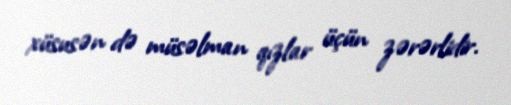
xüsusən də müsəlman qızlar üçün zərərlidir.